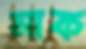
মাক